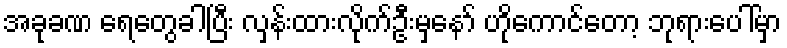
အခုခဏ ရေတွေခါပြီး လှန်းထားလိုက်ဦးမှနော် ဟိုကောင်တော့ ဘုရားပေါ်မှာ